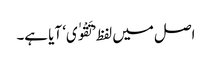
اصل میں لفظ ’تَقْوٰی‘ آیا ہے۔